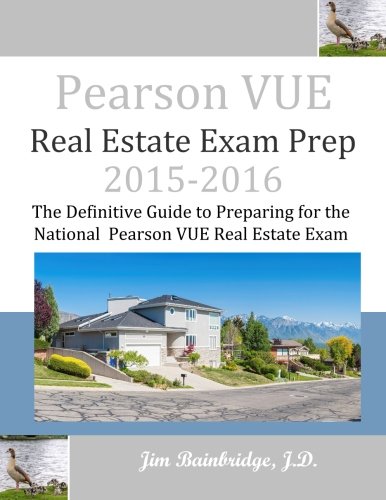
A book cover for Pearson VUE Real Estate Exam Prep 2015-2016: The Definitive Guide to Preparing for the National Pearson VUE Real Estate Exam; Jim Bainbridge J.D.; Business & Money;